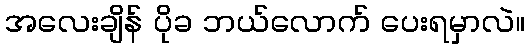
အလေးချိန် ပိုခ ဘယ်လောက် ပေးရမှာလဲ။